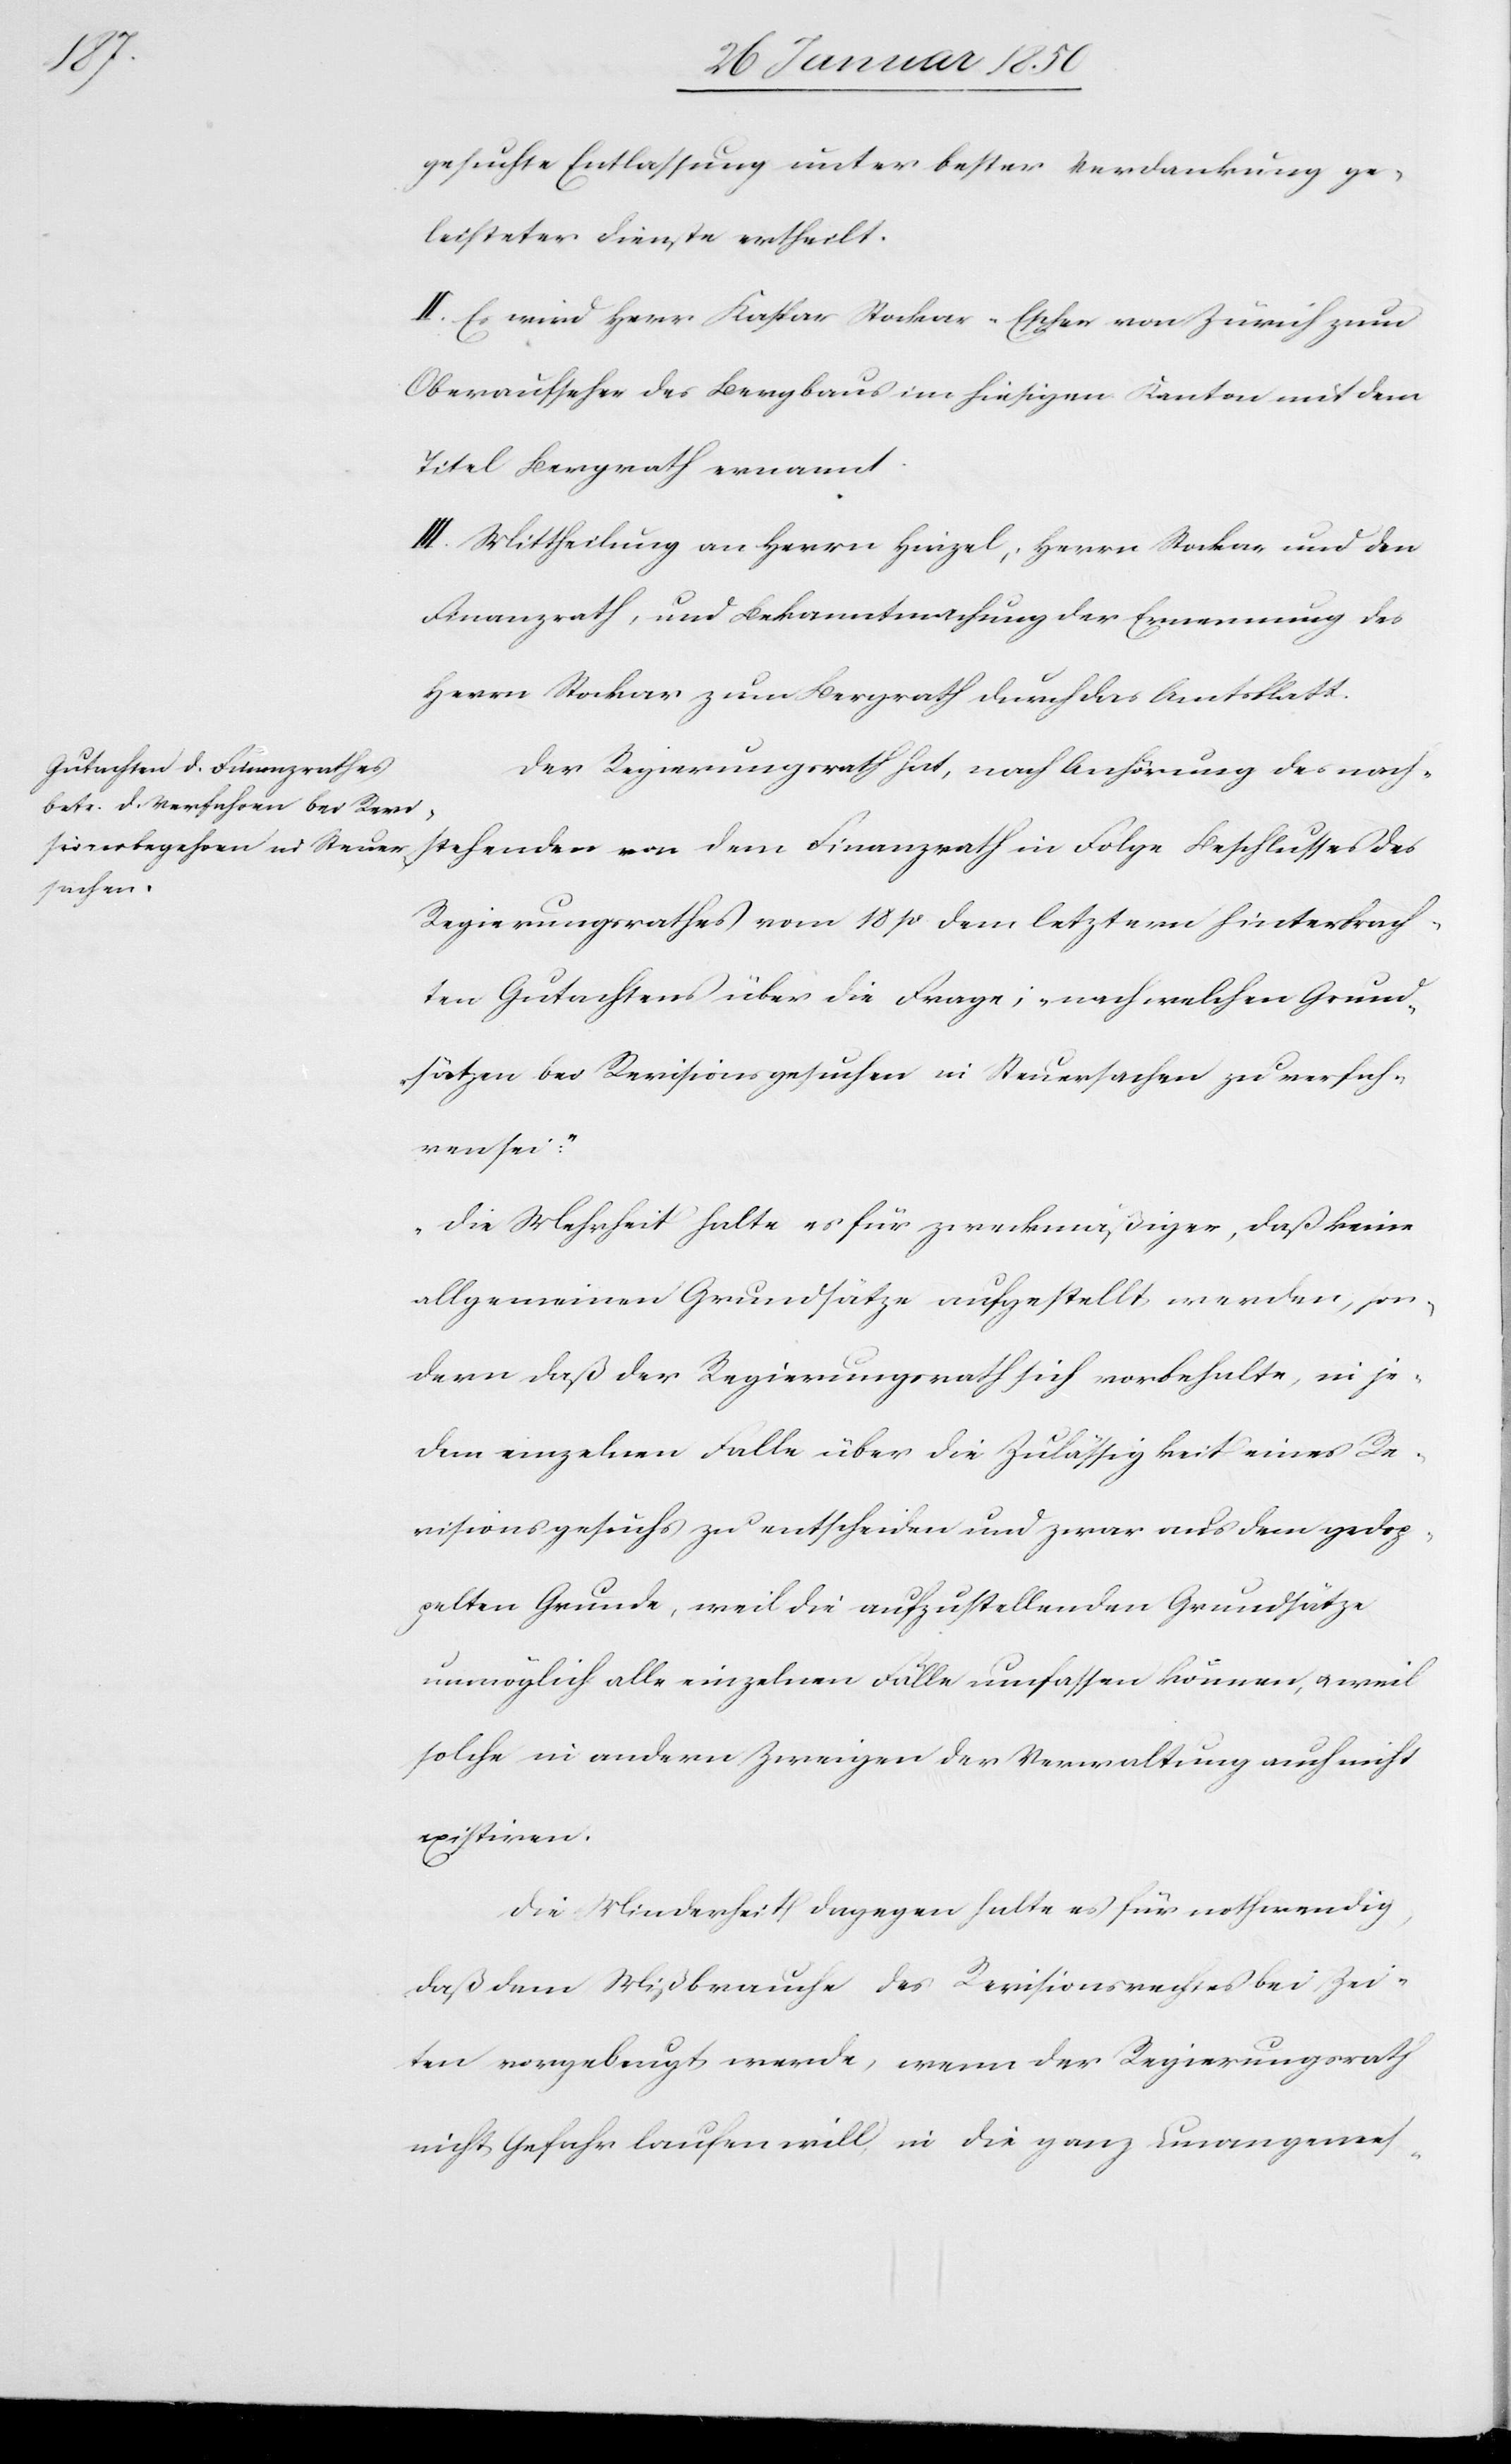
ren“:

gesuchte Entlassung unter bester Verdankung ge¬
leisteter Dienste ertheilt.
II. Es wird Herr Kaspar Stockar-Escher von Zürich zum
Oberaufseher des Bergbaus im hiesigen Kanton mit dem
Titel Bergrath ernannt.
III. Mittheilung an Herrn Hirzel, Herrn Stockar und den
Finanzrath, und Bekanntmachung der Ernennung des
Herrn Stockar zum Bergrath durch das Amtsblatt.
Der Regierungsrath hat, nach Anhörung des nach¬
stehenden von dem Finanzrath in Folge Beschlusses des
Regierungsrathes vom 18 p. dem letztern hinterbrach¬
ten Gutachtens über die Frage; „nach welchen Grund¬
sätzen bei Revisionsgesuchen in Steuersachen zu verfah¬
„Die Mehrheit halte es für zweckmäßiger, daß keine
allgemeinen Grundsätze aufgestellt werden, son¬
dern daß der Regierungsrath sich vorbehalte, in je¬
dem einzelnen Falle über die Zulässigkeit eines Re¬
visionsgesuchs zu entscheiden und zwar aus dem gedop¬
pelten Grunde, weil die aufzustellenden Grundsätze
unmöglich alle einzelnen Fälle umfassen können, u. weil
solche in andern Zweigen der Verwaltung auch nicht
existiren.
Die Minderheit dagegen halte es für nothwendig,
daß dem Mißbrauche des Revisionsrathes bei Zei¬
ten vorgebeugt werde, wenn der Regierungsrath
nicht Gefahr laufen will in die ganz unangemes-